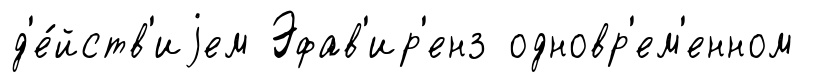
д'е́йств'иjем Эфав'ир'енз одновр'ем'енном